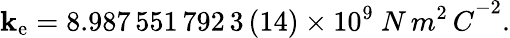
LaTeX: \mathbf{k}_{\mathrm{{e}}}=8.987\, 551\, 792\, 3\, (14)\times10^{9}\ {N\, m^{2}\, C}^{-2}.